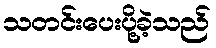
သတင်းပေးပို့ခဲ့သည်